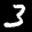
Label: 3